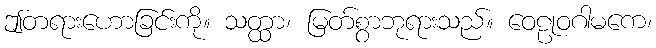
ဤတရားဟောခြင်းကို။ သတ္ထာ၊ မြတ်စွာဘုရားသည်။ ဝေဠုဝဂါမကေ၊